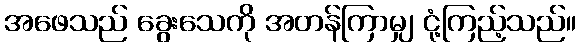
အဖေသည် ခွေးသေကို အတန်ကြာမျှ ငုံ့ကြည့်သည်။